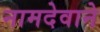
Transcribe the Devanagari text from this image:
नामदेवाने